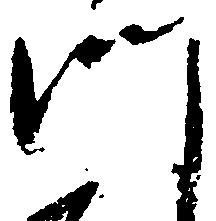
門